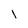
Character: 1